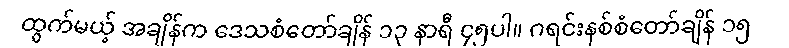
ထွက်မယ့် အချိန်က ဒေသစံတော်ချိန် ၁၃ နာရီ ၄၅ပါ။ ဂရင်းနစ်စံတော်ချိန် ၁၅